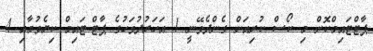
ޕާޓްޓައިމްކޮށް މި ކޯސް ކުރިއަށް ގެންދެވޭނީ 1 އަހަރުދުވަހުގެ ޕާޓް-ޓައިމް ކިޔެވުމާއި 4